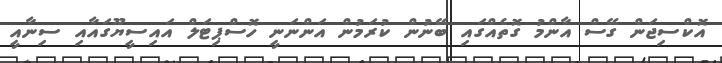
އޮކްސިޖަން ގޭސް އާންމު ގޮތެއްގައި ބޭނުން ކުރަމުން އަންނަނީ ހޮސްޕިޓަލް އައިސީޔޫގައާއި ސިނާއީ